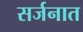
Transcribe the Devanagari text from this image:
सर्जनात